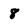
Character: 8